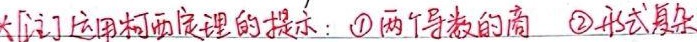
[关于运用柯西定理的提示：\textcircled{1} 两个导数的商 \textcircled{2} 形式复杂]